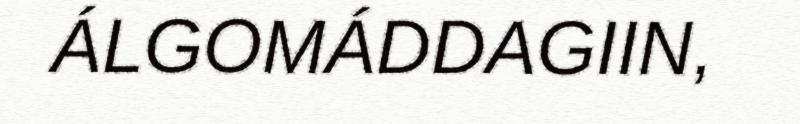
ÁLGOMÁDDAGIIN,